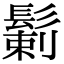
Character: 鬎